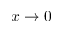
x \rightarrow 0